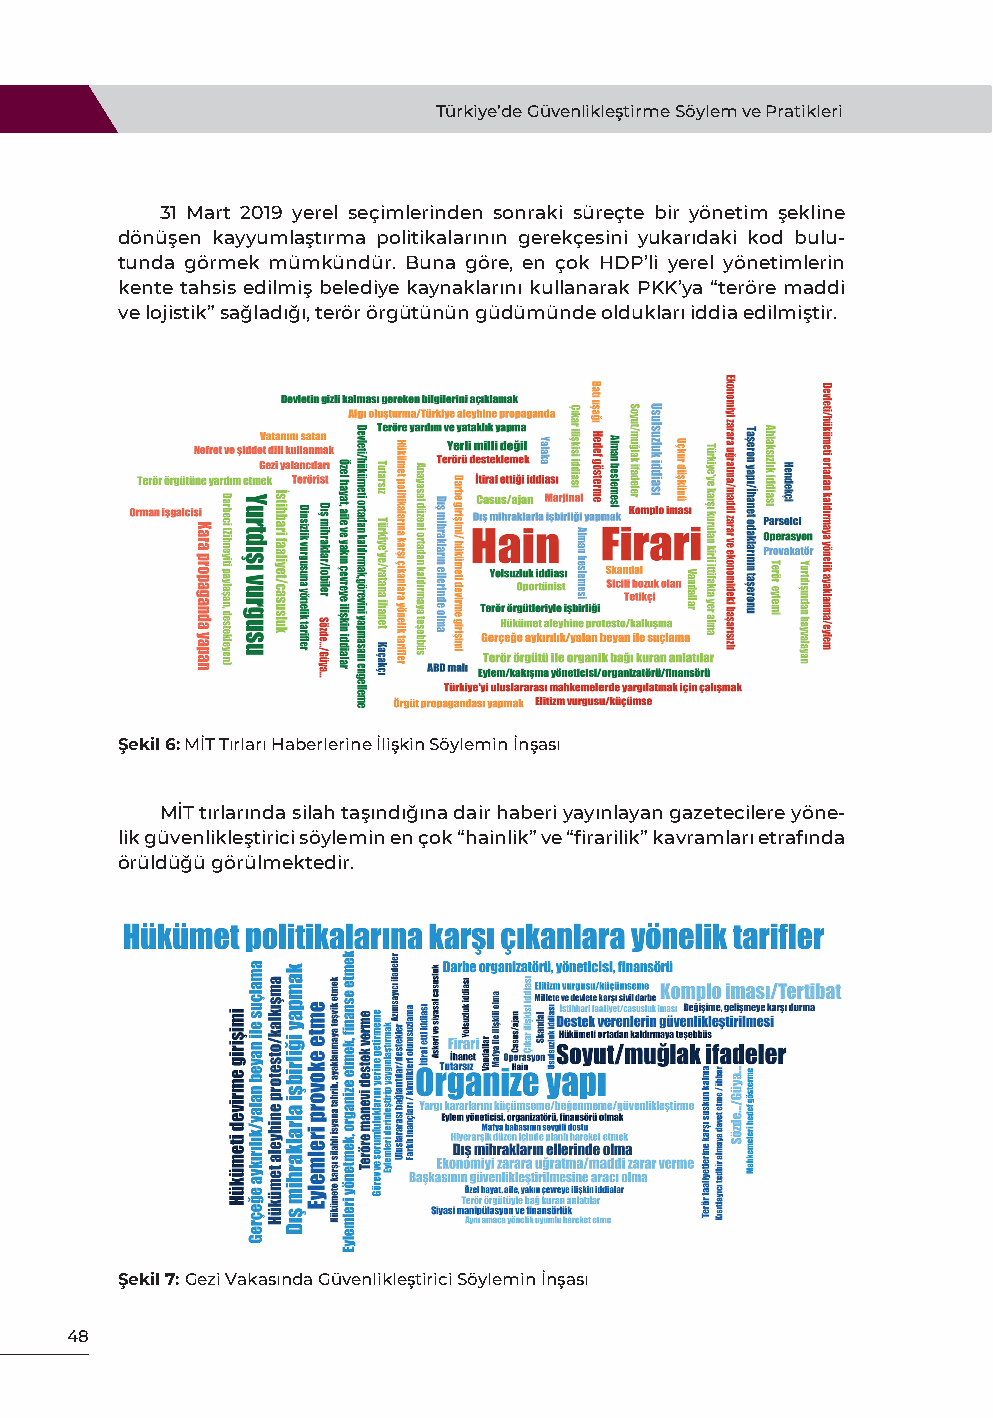
Türkiye’de Güvenlikleştirme Söylem ve Pratikleri
 31 Mart 2019 yerel seçimlerinden sonraki süreçte bir yönetim şekline
 dönüşen kayyumlaştırma politikalarının gerekçesini yukarıdaki kod bulu-
 tunda görmek mümkündür. Buna göre, en çok HDP’li yerel yönetimlerin
 kente tahsis edilmiş belediye kaynaklarını kullanarak PKK’ya “teröre maddi
 ve lojistik” sağladığı, terör örgütünün güdümünde oldukları iddia edilmiştir.
 Şekil 6: MİT Tırları Haberlerine İlişkin Söylemin İnşası
 MİT tırlarında silah taşındığına dair haberi yayınlayan gazetecilere yöne-
 lik güvenlikleştirici söylemin en çok “hainlik” ve “firarilik” kavramları etrafında
 örüldüğü görülmektedir.
 Şekil 7: Gezi Vakasında Güvenlikleştirici Söylemin İnşası
 48